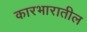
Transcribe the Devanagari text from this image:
कारभारातील